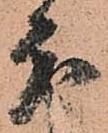
分